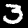
Digit: 3